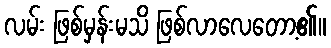
လမ်း ဖြစ်မှန်းမသိ ဖြစ်လာလေတော့၏။